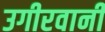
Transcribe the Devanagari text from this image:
उगीरवानी